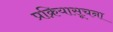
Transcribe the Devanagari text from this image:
प्रक्रियासूचना